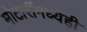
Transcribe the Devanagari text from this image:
मोटारींमध्येही